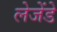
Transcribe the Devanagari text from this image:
लेजेंडे